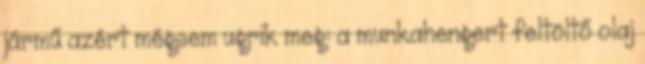
jármű azért mégsem ugrik meg: a munkahengert feltöltő olaj